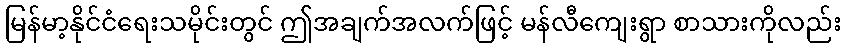
မြန်မာ့နိုင်ငံရေးသမိုင်းတွင် ဤအချက်အလက်ဖြင့် မန်လီကျေးရွာ စာသားကိုလည်း